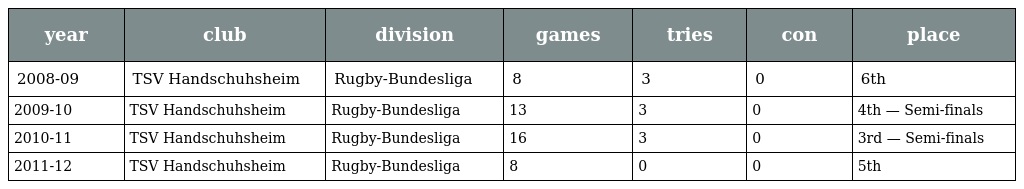
| year | club | division | games | tries | con | place |
 | --- | --- | --- | --- | --- | --- | --- |
 | 2008-09 | TSV Handschuhsheim | Rugby-Bundesliga | 8 | 3 | 0 | 6th |
 | 2009-10 | TSV Handschuhsheim | Rugby-Bundesliga | 13 | 3 | 0 | 4th — Semi-finals |
 | 2010-11 | TSV Handschuhsheim | Rugby-Bundesliga | 16 | 3 | 0 | 3rd — Semi-finals |
 | 2011-12 | TSV Handschuhsheim | Rugby-Bundesliga | 8 | 0 | 0 | 5th |